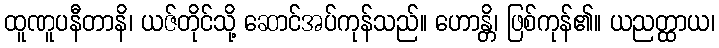
ထူဏူပနီတာနိ၊ ယဇ်တိုင်သို့ ဆောင်အပ်ကုန်သည်။ ဟောန္တိ၊ ဖြစ်ကုန်၏။ ယညတ္ထာယ၊